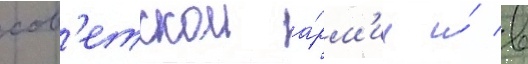
сов'етскои а́рм'ии и́ в